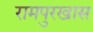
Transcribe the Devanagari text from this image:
रामपुरखास